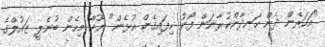
"އަހަރެން ދެން ހަނދާންކުރާނަން ފޯނު ހިފައިގެން އުޅެން" ޔޫހާ މިހެން ބުނެލީ ޒައުލްގެ